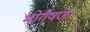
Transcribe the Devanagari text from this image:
भोगैषणा